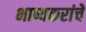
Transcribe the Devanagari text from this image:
भाष्यकरांचे